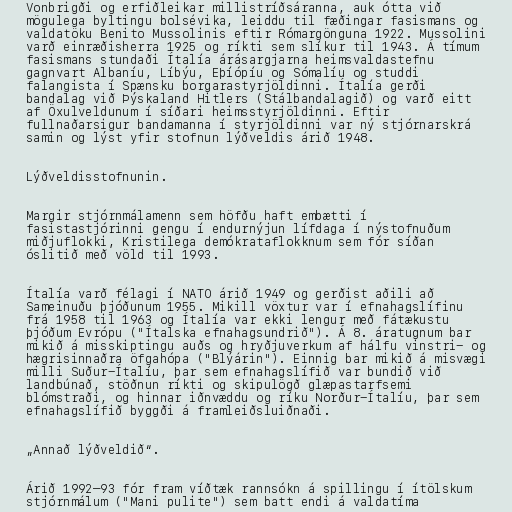
Vonbrigði og erfiðleikar millistríðsáranna, auk ótta við
mögulega byltingu bolsévika, leiddu til fæðingar fasismans og
valdatöku Benito Mussolinis eftir Rómargönguna 1922. Mussolini
varð einræðisherra 1925 og ríkti sem slíkur til 1943. Á tímum
fasismans stundaði Ítalía árásargjarna heimsvaldastefnu
gagnvart Albaníu, Líbýu, Eþíópíu og Sómalíu og studdi
falangista í Spænsku borgarastyrjöldinni. Ítalía gerði
bandalag við Þýskaland Hitlers (Stálbandalagið) og varð eitt
af Öxulveldunum í síðari heimsstyrjöldinni. Eftir
fullnaðarsigur bandamanna í styrjöldinni var ný stjórnarskrá
samin og lýst yfir stofnun lýðveldis árið 1948.

Lýðveldisstofnunin.

Margir stjórnmálamenn sem höfðu haft embætti í
fasistastjórinni gengu í endurnýjun lífdaga í nýstofnuðum
miðjuflokki, Kristilega demókrataflokknum sem fór síðan
óslitið með völd til 1993.

Ítalía varð félagi í NATO árið 1949 og gerðist aðili að
Sameinuðu þjóðunum 1955. Mikill vöxtur var í efnahagslífinu
frá 1958 til 1963 og Ítalía var ekki lengur með fátækustu
þjóðum Evrópu ("Ítalska efnahagsundrið"). Á 8. áratugnum bar
mikið á misskiptingu auðs og hryðjuverkum af hálfu vinstri- og
hægrisinnaðra öfgahópa ("Blýárin"). Einnig bar mikið á misvægi
milli Suður-Ítalíu, þar sem efnahagslífið var bundið við
landbúnað, stöðnun ríkti og skipulögð glæpastarfsemi
blómstraði, og hinnar iðnvæddu og ríku Norður-Ítalíu, þar sem
efnahagslífið byggði á framleiðsluiðnaði.

„Annað lýðveldið“.

Árið 1992–93 fór fram víðtæk rannsókn á spillingu í ítölskum
stjórnmálum ("Mani pulite") sem batt endi á valdatíma